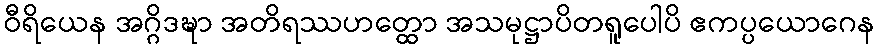
ဝီရိယေန အဂ္ဂိဒဍ္ဎာ အတိရဿဟတ္ထော အသမုဋ္ဌာပိတရူပေါပိ ဧကပ္ပယောဂေန